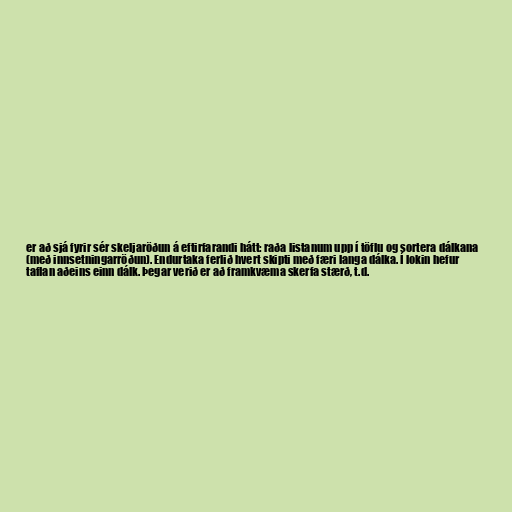
er að sjá fyrir sér skeljaröðun á eftirfarandi hátt: raða listanum upp í töflu og sortera dálkana
(með innsetningarröðun). Endurtaka ferlið hvert skipti með færi langa dálka. Í lokin hefur
taflan aðeins einn dálk. Þegar verið er að framkvæma skerfa stærð, t.d.